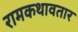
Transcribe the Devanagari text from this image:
रामकथावतार